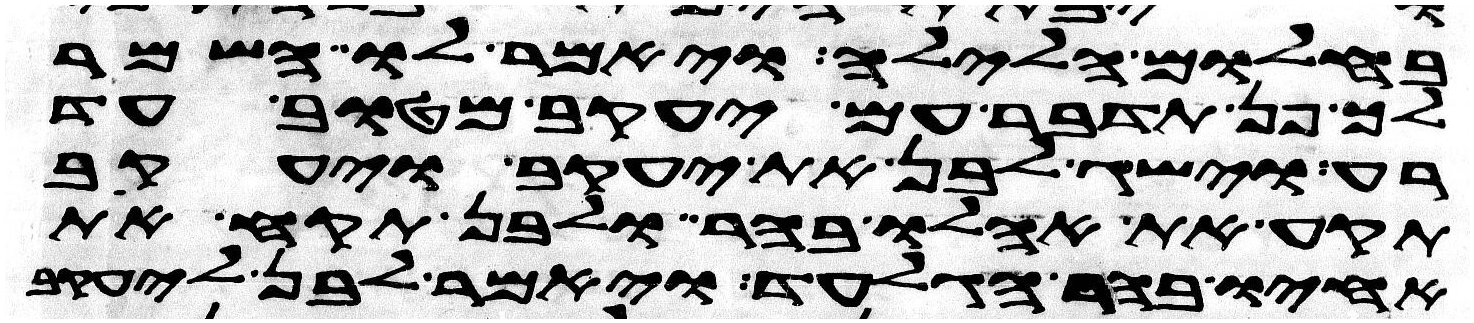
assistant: בחלום הלילה ויאמר לו השמר
לך פן תדבר עם יעקב מטוב עד
רע וישג לבן את יעקב ויעקב
תקע את אהלו בהר ולבן תקע את
אחיו בהר הגלעד ויאמר לבן ליעקב